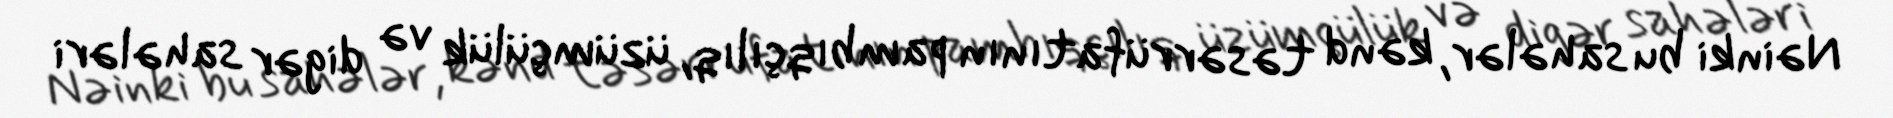
Nəinki bu sahələr, kənd təsərrüfatının pambıqçılıq, üzümçülük və digər sahələri